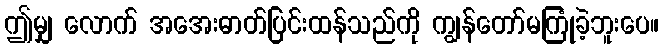
ဤမျှ လောက် အအေးဓာတ်ပြင်းထန်သည်ကို ကျွန်တော်မကြုံခဲ့ဘူးပေ။